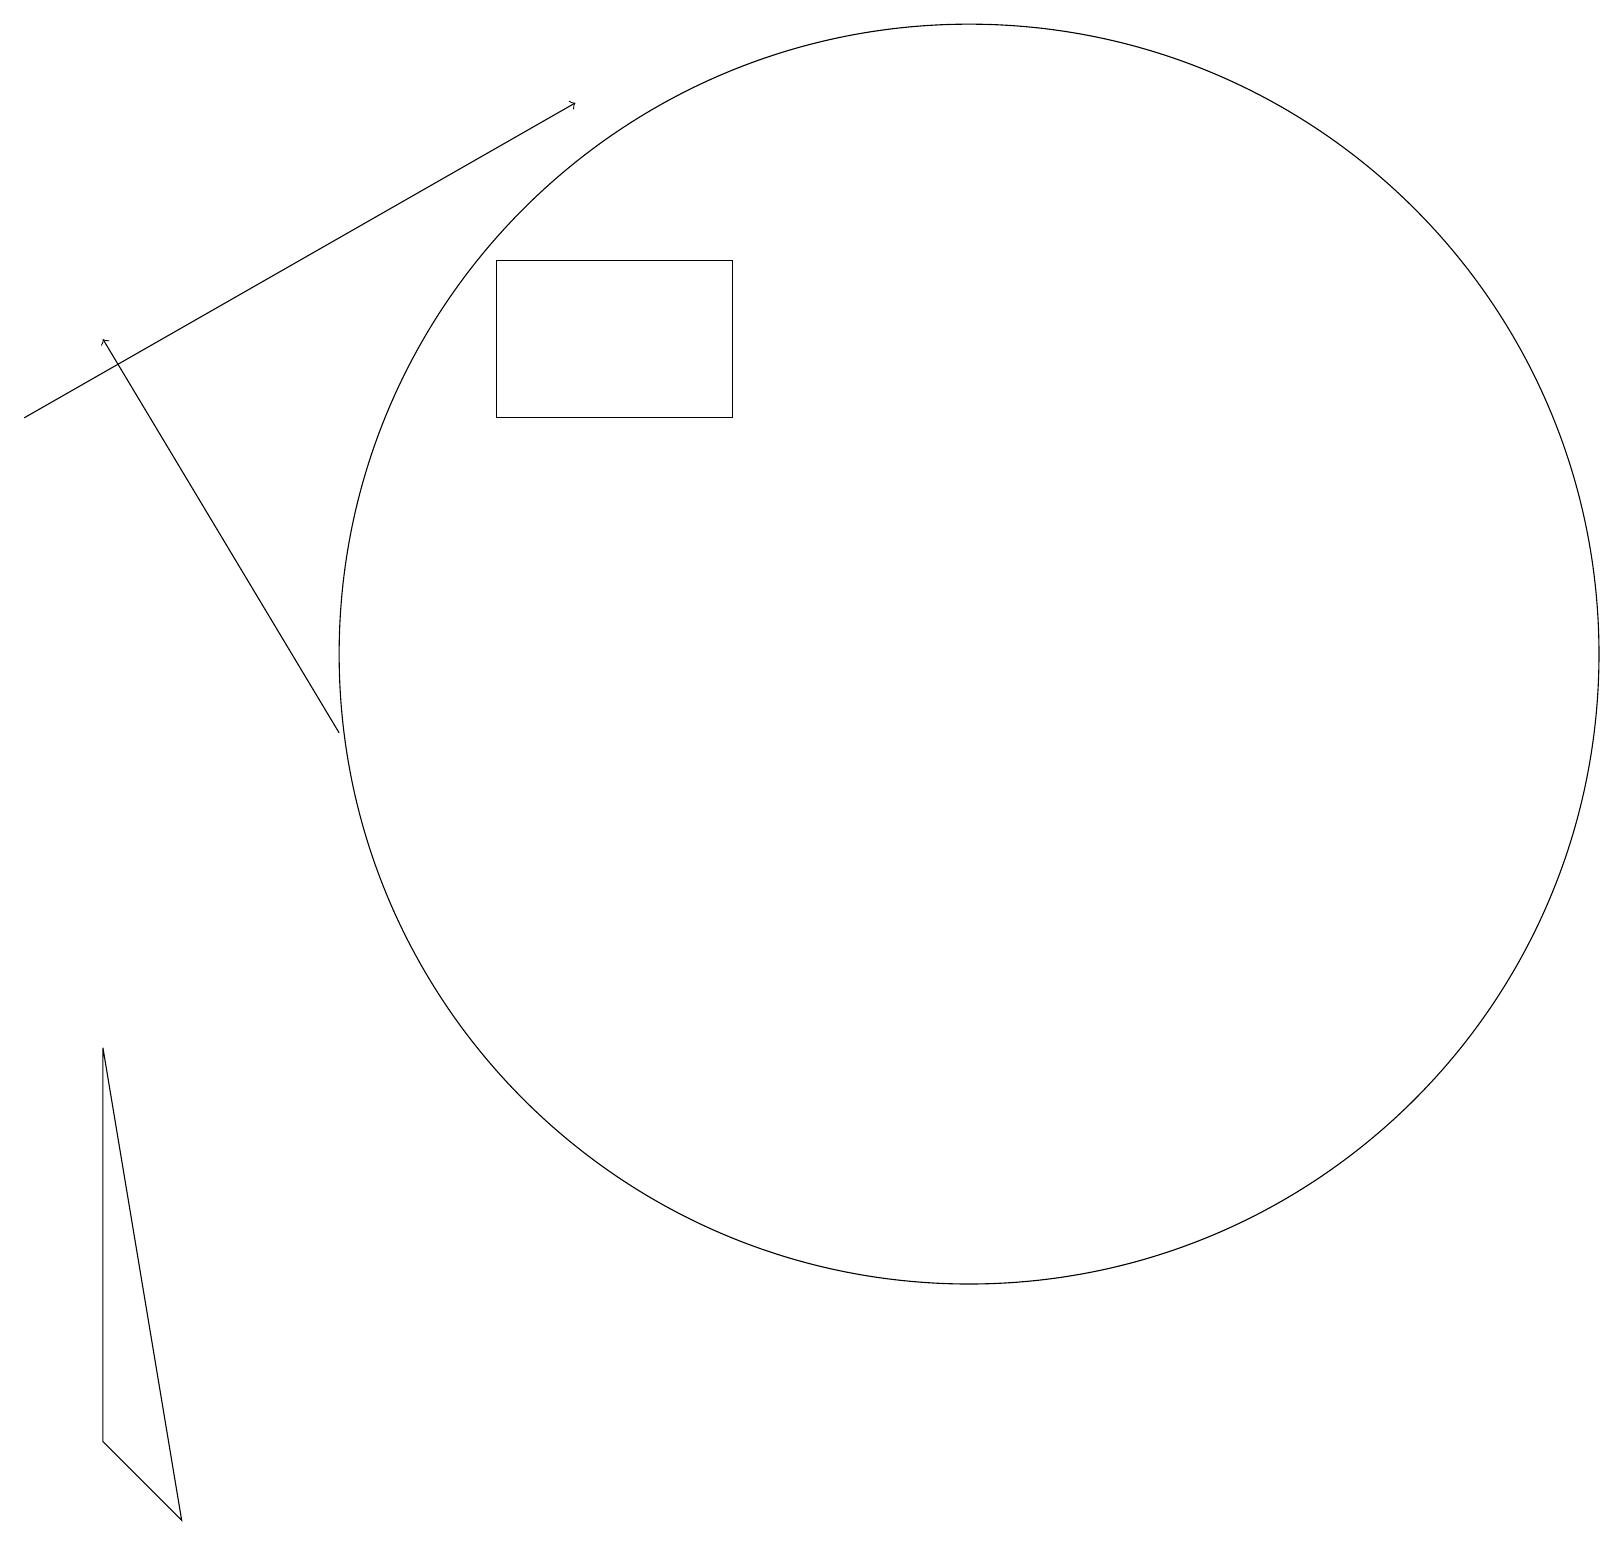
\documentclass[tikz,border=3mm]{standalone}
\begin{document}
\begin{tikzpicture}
\draw (1,2) -- (1,7) -- (2,1) -- cycle;
\draw (12,12) circle (8);
\draw[->] (0,15) -- (7,19);
\draw[->] (4,11) -- (1,16);
\draw (9,15) rectangle (6,17);
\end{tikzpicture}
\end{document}